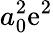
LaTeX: a_{0}^{2}\mathrm{e}^{2}